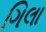
ગિલા